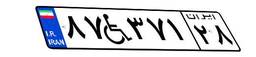
۸۷W۳۷۱۲۸